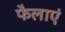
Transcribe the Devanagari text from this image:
फैलाएं